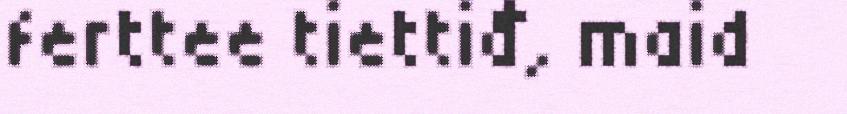
ferttee tiettiđ, maid